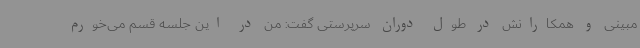
مبینی و همکارانش در طول دوران سرپرستی گفت: من در این جلسه قسم می‌خورم